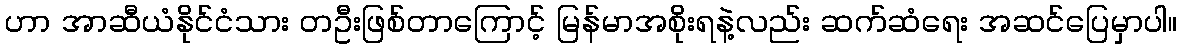
ဟာ အာဆီယံနိုင်ငံသား တဦးဖြစ်တာကြောင့် မြန်မာအစိုးရနဲ့လည်း ဆက်ဆံရေး အဆင်ပြေမှာပါ။